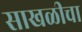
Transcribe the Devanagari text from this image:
साखळीचा